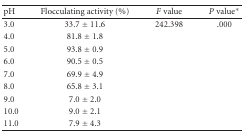
| pH | Flocculating activity (%) | F value | P value* |
 | --- | --- | --- | --- |
 | 3.0 | 33.7 ± 11.6 | 242.398 | .000 |
 | 4.0 | 81.8 ± 1.8 |  |  |
 | 5.0 | 93.8 ± 0.9 |  |  |
 | 6.0 | 90.5 ± 0.5 |  |  |
 | 7.0 | 69.9 ± 4.9 |  |  |
 | 8.0 | 65.8 ± 3.1 |  |  |
 | 9.0 | 7.0 ± 2.0 |  |  |
 | 10.0 | 9.0 ± 2.1 |  |  |
 | 11.0 | 7.9 ± 4.3 |  |  |